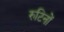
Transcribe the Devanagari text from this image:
रुटिनों